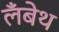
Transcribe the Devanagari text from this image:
लँबेथ